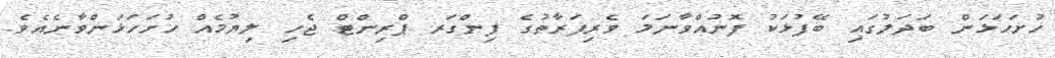
ހުށަހަޅަން ބަދަލުގައި ބޭފުޅަކު ފޮނުއްވާނަމަ ވެރިފަރާތުގެ ފިންގަރ ޕްރިންޓް ޖެހި ލިޔުމެއް ހުށަހަޅަންވާނެއެވެ.